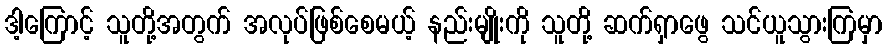
ဒါ့ကြောင့် သူတို့အတွက် အလုပ်ဖြစ်စေမယ့် နည်းမျိုးကို သူတို့ ဆက်ရှာဖွေ သင်ယူသွားကြမှာ